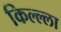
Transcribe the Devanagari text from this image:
किल्ल्‍ला